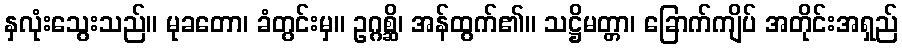
နှလုံးသွေးသည်။ မုခတော၊ ခံတွင်းမှ။ ဥဂ္ဂစ္ဆိ၊ အန်ထွက်၏။ သဋ္ဌိမတ္တာ၊ ခြောက်ကျိပ် အတိုင်းအရှည်